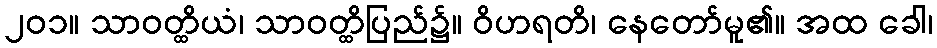
၂၀၁။ သာဝတ္ထိယံ၊ သာဝတ္ထိပြည်၌။ ဝိဟရတိ၊ နေတော်မူ၏။ အထ ခေါ၊